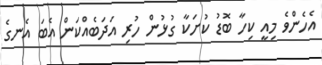
އެހެންވެ މިއީ ކިހާ ބޮޑު ކުށަކާ ގުޅުން ހުރި އަދަބެއްކަން އެބަ އެނގެ